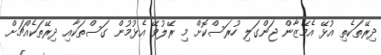
ދިރޭތަކެތި އުޅޭ އެމޭޒާން ޖަންގަލި ހުރަސްކޮށް މި ރޭލުވޭ އެޅުމުން ގަސްތަކާއި ދިރޭތަކެއްޗަށް